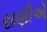
રાણીએ